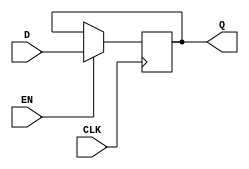
module edge_triggered_gated_latch (
    input wire D,      // Data input
    input wire CLK,    // Clock signal
    input wire EN,     // Enable signal
    output reg Q       // Output
);

// Always block that triggers on the rising edge of CLK
always @(posedge CLK) begin
    if (EN) begin
        Q <= D;  // When EN is high, capture the value of D
    end
    // If EN is low, Q retains its previous value (no else necessary)
end

endmodule